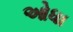
ઓધા